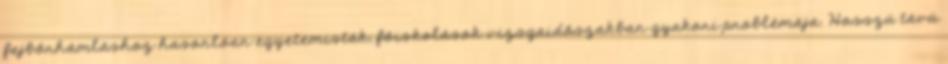
fejbőrhámláshoz hasonlóan egyetemisták, főiskolások vizsgaidőszakban gyakori problémája. Hosszú távú